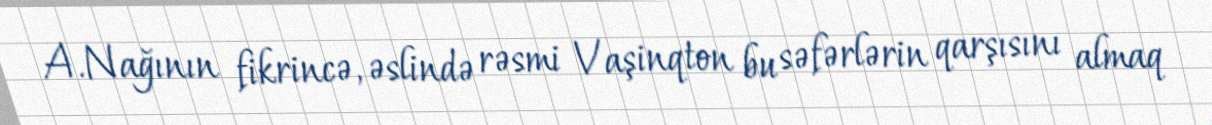
A.Nağının fikrincə, əslində rəsmi Vaşinqton bu səfərlərin qarşısını almaq